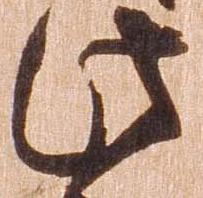
此